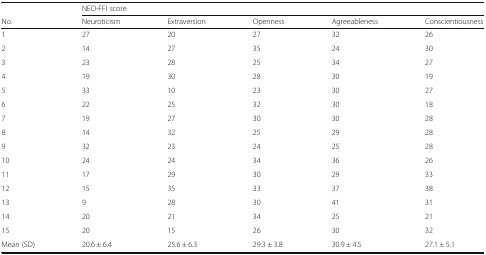
<table><thead><tr><td></td><td colspan="5"><b>NEO-FFI score</b></td></tr><tr><td><b>No.</b></td><td><b>Neuroticism</b></td><td><b>Extraversion</b></td><td><b>Openness</b></td><td><b>Agreeableness</b></td><td><b>Conscientiousness</b></td></tr></thead><tbody><tr><td>1</td><td>27</td><td>20</td><td>27</td><td>32</td><td>26</td></tr><tr><td>2</td><td>14</td><td>27</td><td>35</td><td>24</td><td>30</td></tr><tr><td>3</td><td>23</td><td>28</td><td>25</td><td>34</td><td>27</td></tr><tr><td>4</td><td>19</td><td>30</td><td>28</td><td>30</td><td>19</td></tr><tr><td>5</td><td>33</td><td>10</td><td>23</td><td>30</td><td>27</td></tr><tr><td>6</td><td>22</td><td>25</td><td>32</td><td>30</td><td>18</td></tr><tr><td>7</td><td>19</td><td>27</td><td>30</td><td>30</td><td>28</td></tr><tr><td>8</td><td>14</td><td>32</td><td>25</td><td>29</td><td>28</td></tr><tr><td>9</td><td>32</td><td>23</td><td>24</td><td>25</td><td>28</td></tr><tr><td>10</td><td>24</td><td>24</td><td>34</td><td>36</td><td>26</td></tr><tr><td>11</td><td>17</td><td>29</td><td>30</td><td>29</td><td>33</td></tr><tr><td>12</td><td>15</td><td>35</td><td>33</td><td>37</td><td>38</td></tr><tr><td>13</td><td>9</td><td>28</td><td>30</td><td>41</td><td>31</td></tr><tr><td>14</td><td>20</td><td>21</td><td>34</td><td>25</td><td>21</td></tr><tr><td>15</td><td>20</td><td>15</td><td>26</td><td>30</td><td>32</td></tr><tr><td>Mean (SD)</td><td>20.6 ± 6.4</td><td>25.6 ± 6.3</td><td>29.3 ± 3.8</td><td>30.9 ± 4.5</td><td>27.1 ± 5.1</td></tr></tbody></table>